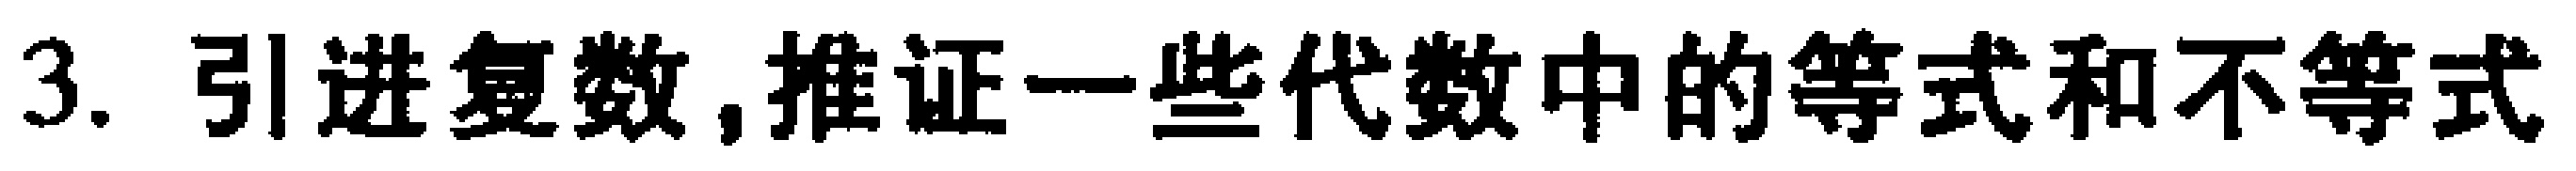
3. 引进复数,推证一些代数中的等式和不等式